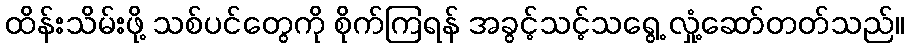
ထိန်းသိမ်းဖို့ သစ်ပင်တွေကို စိုက်ကြရန် အခွင့်သင့်သရွေ့ လှုံ့ဆော်တတ်သည်။